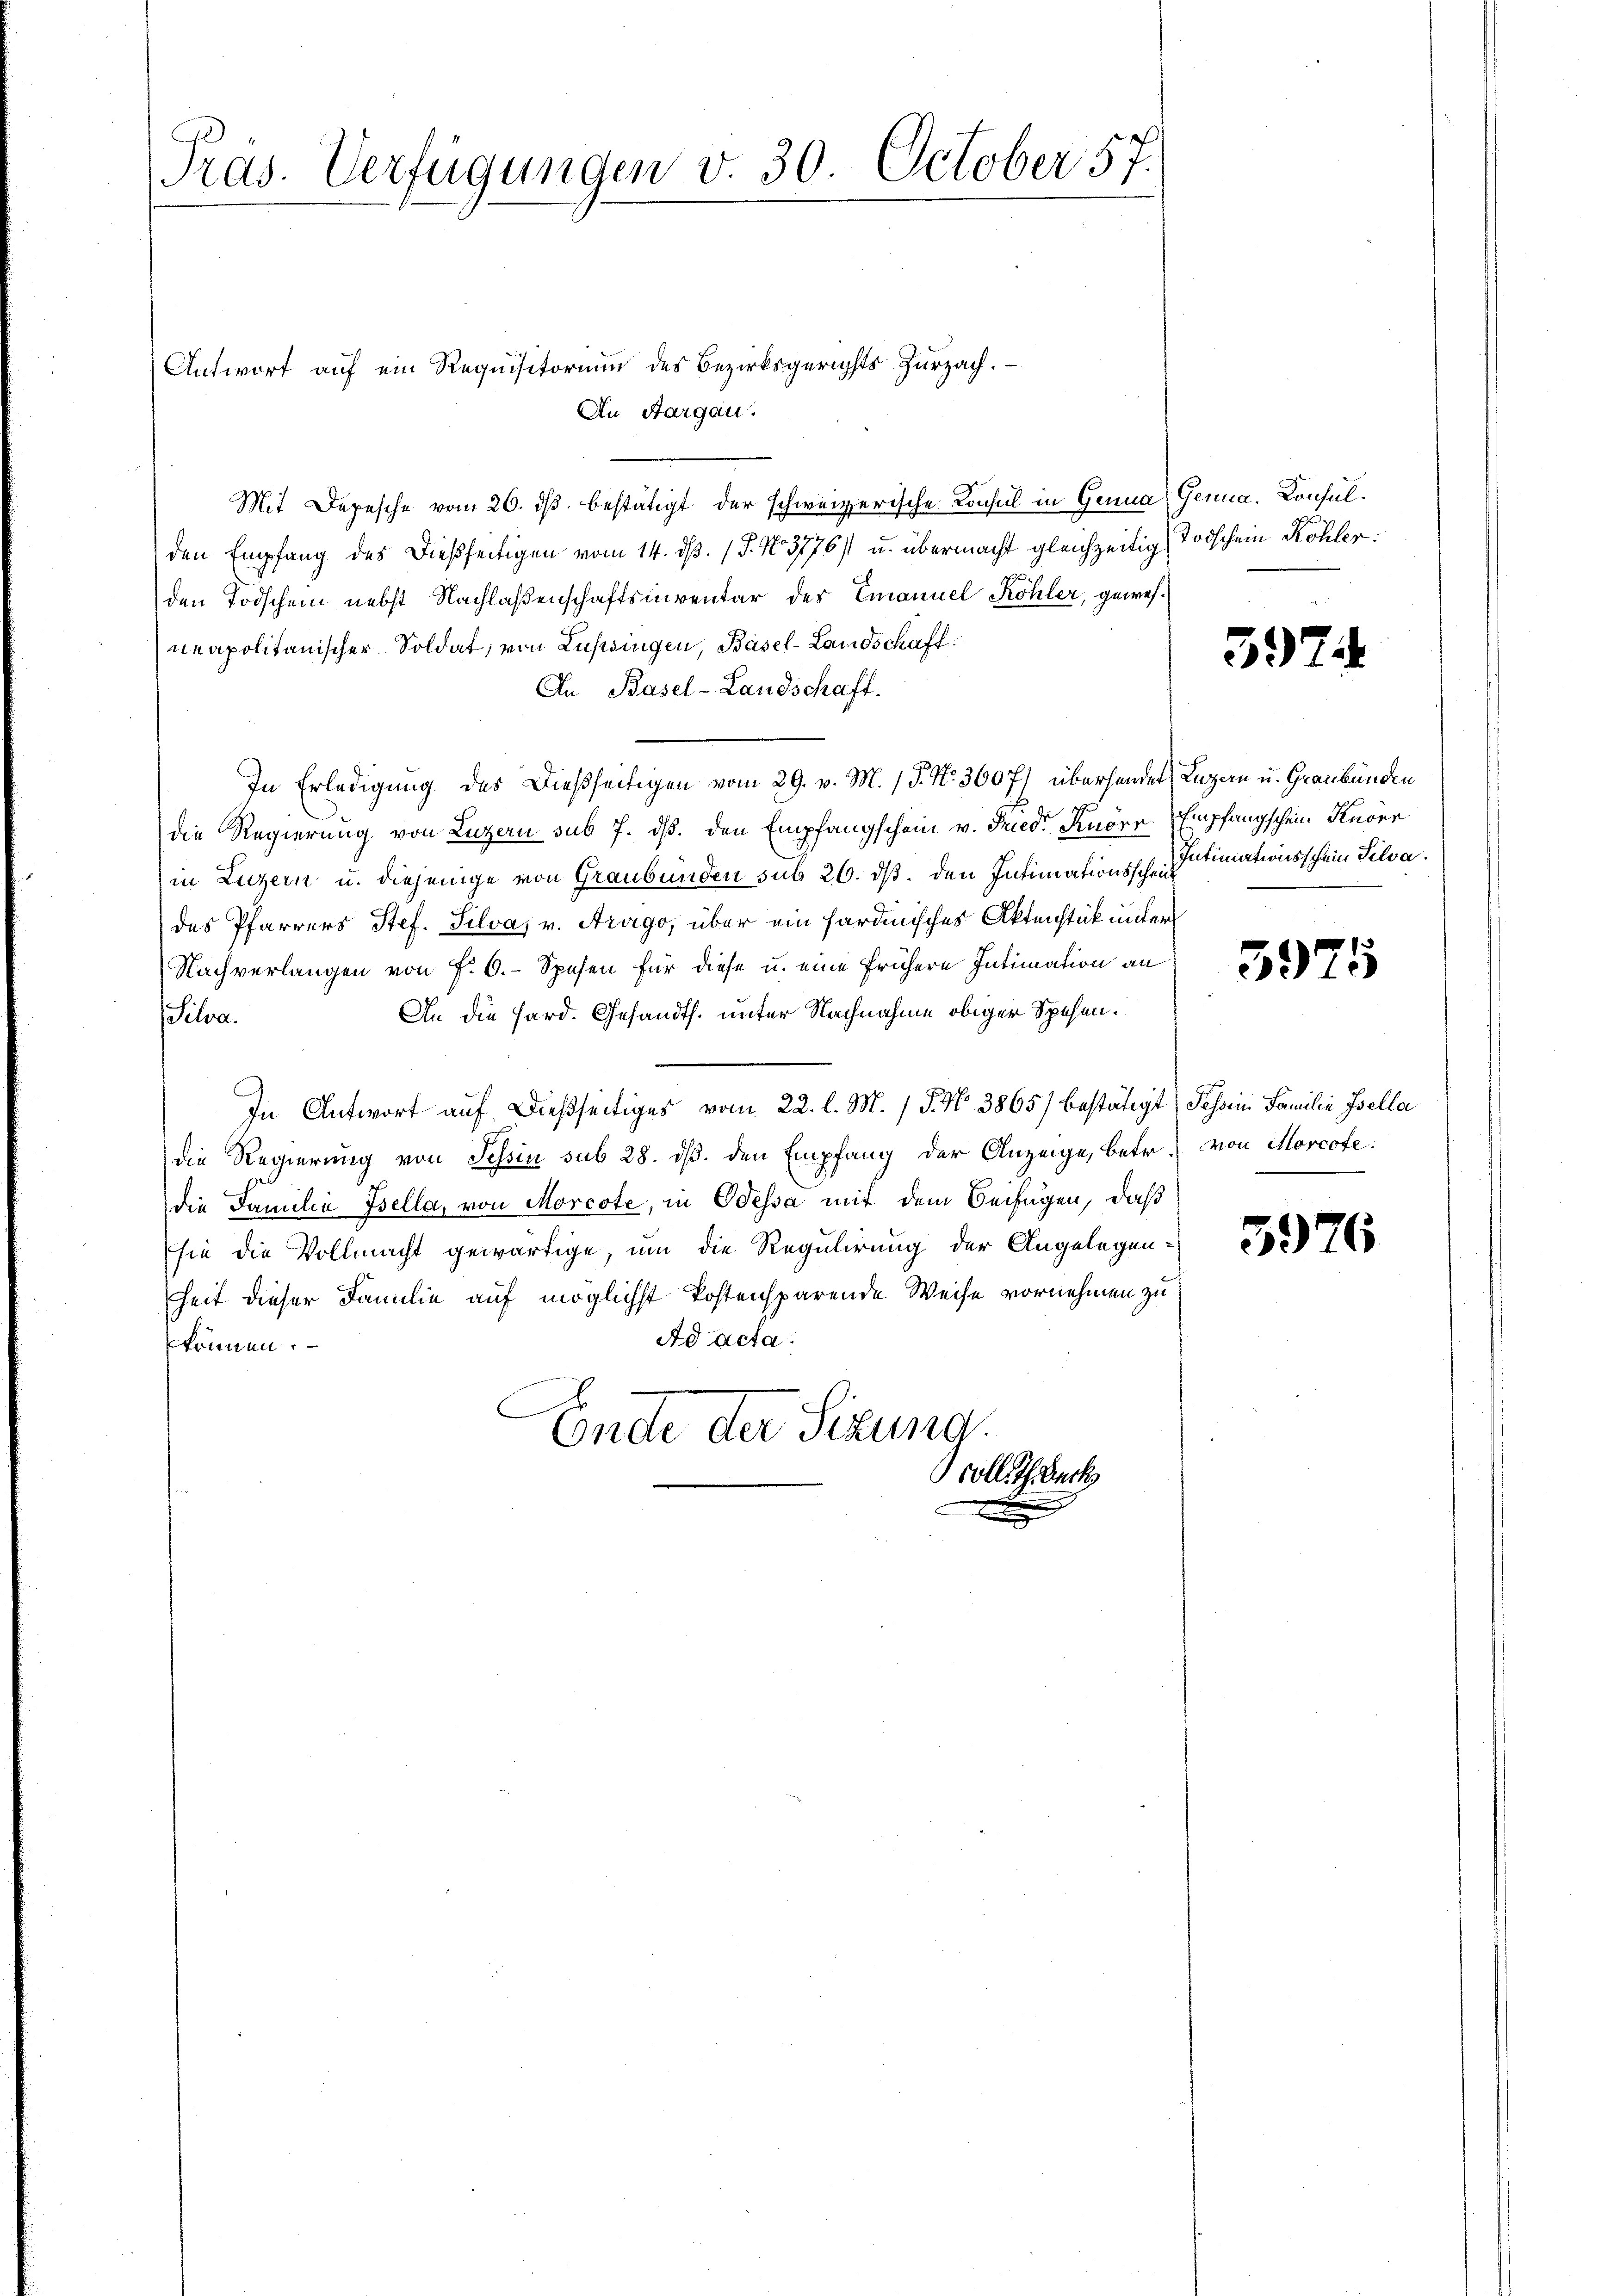
Präs. Verfügungen v. 30 October 57.

Antwort auf ein Requisitorium des Bezirksgerichts-Zurzach.
An Aargau.
Mit Depesche vom 26. ds. bestätigt der schweizerische Konsul in Genua Genua, Consulden Empfang des dießseitigen vom 14. ds. (T. No. 3776/1 u. übermacht gleichzeitig Todschein Köhlerden Todschein nebst Nachlaßenschaftsinventar der Emanuel Köhler, gewesneapolitanischer Soldat, von Lussingen, Basel-Landschaft
An Basel-Landschaft.
In Erledigung des Dießseitigen vom 29. v. M. P. Nr. 360 f.) überhanders Luzern u. Graubünden
die Regierung von Luzern sub 7. dß. den Empfangschein v. Fried Knorr Empfangschein Knorr
in Luzern u. diejenige von Graubünden sub 26. ds. den Intimationsschentimationsschein Silva.
des Pfarrers Stef. Silva, v. Arago, über ein fardinisches Aktenstück unter
Nachverlangen von P. O. Spesen für diese u. eine frühere Intimation an
An die Hard. Gesandts. unter Nachnahme obiger Spesen.
Silva
In Antwort auf dießseitiges vom 22. l. M. / 5. No 3865) bestätigt) Schen Familie Isella
die Regierung von Schin sub 28. dβ. den Empfang der Anzeige, betr. von Morcofe.
die Familie Isella, von Morcote, in Odessa mit dem Beifügen, daß
sie die Vollmacht gewärtige, um die Regulirung der Angelegen-
Zeit dieser Familie auf möglichst kostensparende Weise vornehmen zu
Ad acta.
können.
Ende der Sizung.
coll Theurk

597.

3975

5976